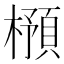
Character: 𣛿